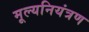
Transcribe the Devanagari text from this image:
मूल्यनियंत्रण